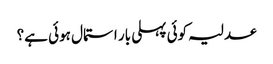
عدلیہ کوئی پہلی بار استمال ہوئی ہے؟